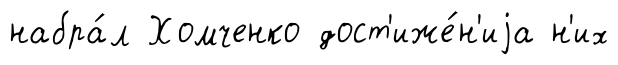
набра́л Хомченко дост'иже́н'иjа н'их